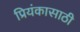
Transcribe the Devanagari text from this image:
प्रियंकासाठी